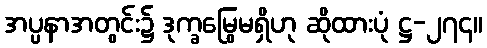
အပ္ပနာအတွင်း၌ ဒုက္ခမြွေမရှိဟု ဆိုထားပုံ ဋ္ဌ-၂၇၄။